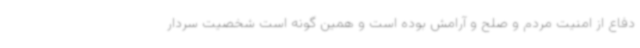
دفاع از امنیت مردم و صلح و آرامش بوده است و همین گونه است شخصیت سردار